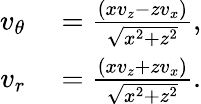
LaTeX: \begin{array}{rl}{v_{\theta}}&{{}=\frac{({xv_{z}}-{zv_{x}})}{\sqrt{x^{2}+z^{2}}},}\\ {v_{r}}&{{}=\frac{({xv_{z}}+{zv_{x}})}{\sqrt{x^{2}+z^{2}}}.}\end{array}